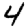
Digit: 4